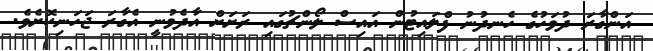
އަންގާރަ ދުވަހުގެ ހެނދުނު ފްލައިޓުން އައިސް ލޯންޗުގައި ރަށަށް އާދެވުނީ އެގާރަ ޖަހަނިކޮށެވެ.